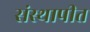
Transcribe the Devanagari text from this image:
संस्थापीत